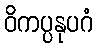
ဝိကပ္ပနုပဂံ